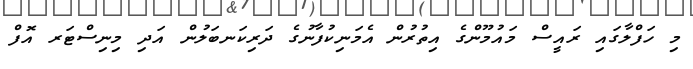
މި ހަފްލާގައި ރައީސް މައުމޫންގެ އިތުރުން އެމަނިކުފާނުގެ ދަރިކަނބަލުން އަދި މިނިސްޓަރ އޮފް